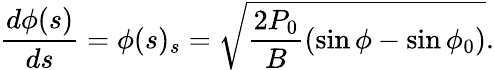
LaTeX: \frac{d\phi(s)}{ds}=\phi(s)_{s}=\sqrt{\frac{2P_{0}}{B}(\sin\phi-\sin\phi_{0})}.